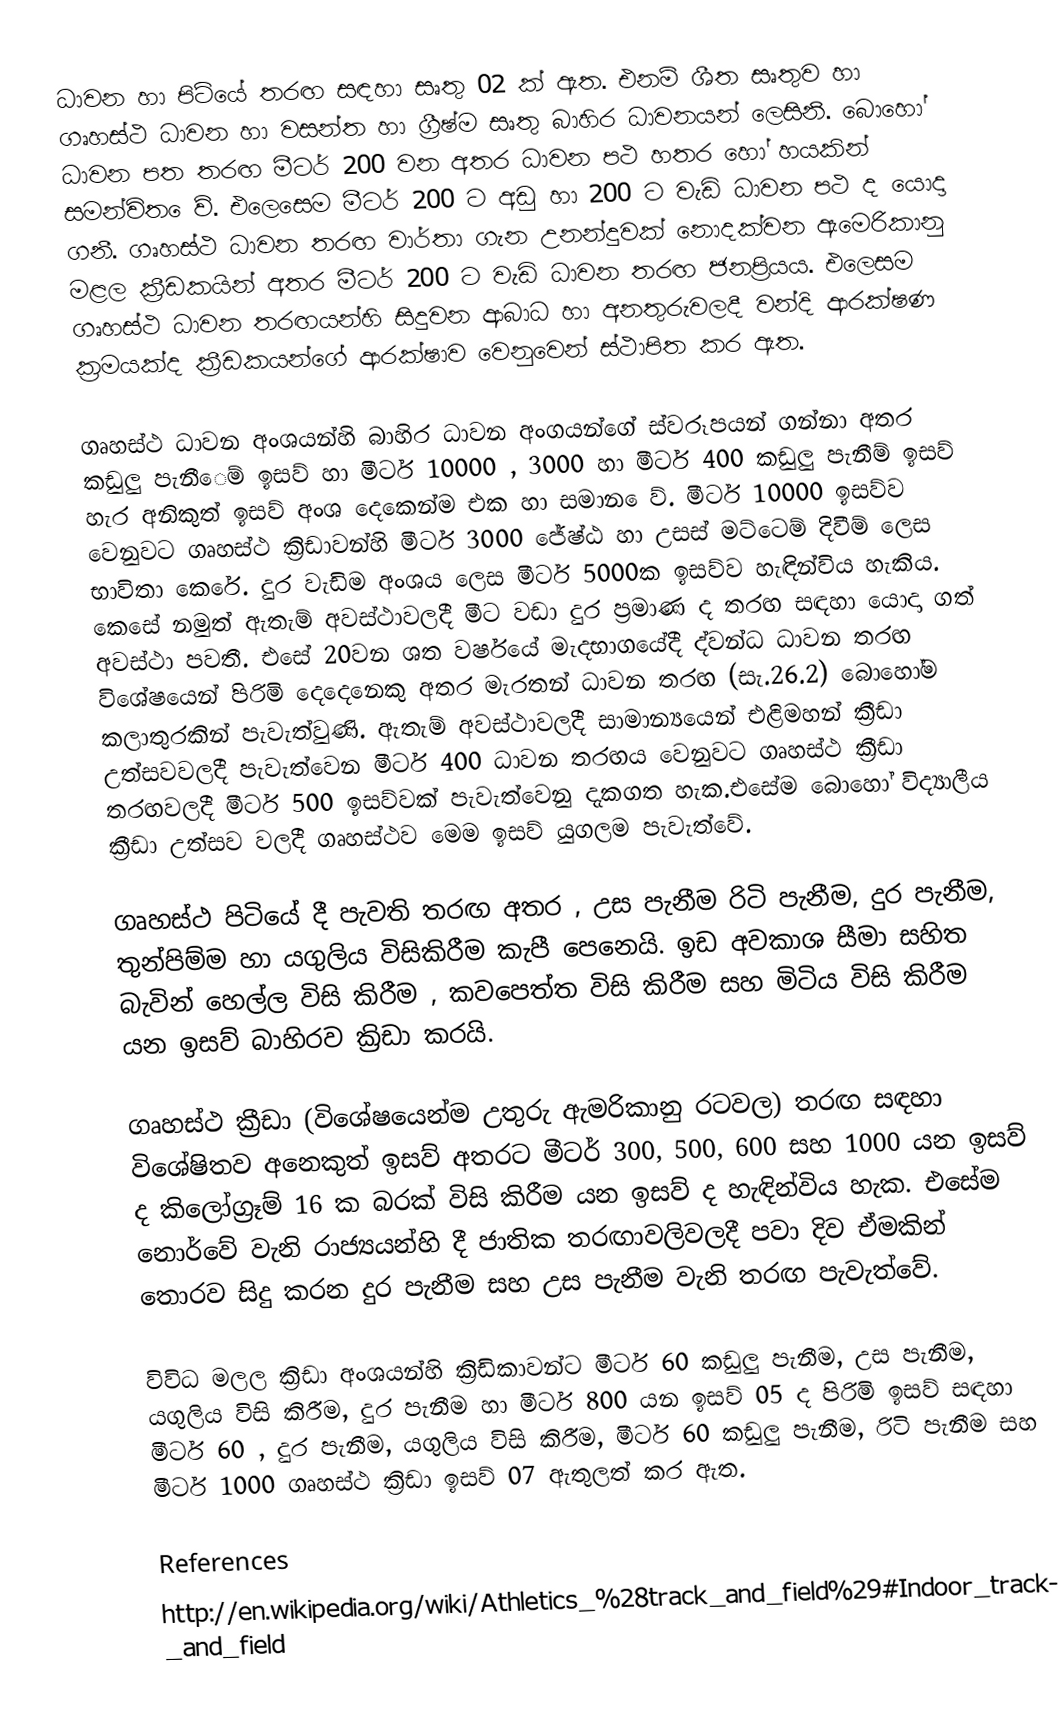
ධාවන හා පිටියේ තරඟ සඳහා සෘතු 02 ක් ඇත. එනම්‍ ශීත සෘතුව හා ගෘහස්ථ ධාවන හා වසන්ත හා ග්‍රීෂ්ම සෘතු බාහිර ධාවනයන් ලෙසිනි. බොහෝ ධාවන පත තරඟ මීටර් 200 වන අතර ධාවන පථ හතර හෝ හයකින් සමන්විත ‍ෙව්‍. එලෙසෙම මීටර් 200 ට අඩු හා 200 ට වැඩි ධාවන පථ ද යොදා ගනී. ගෘහස්ථ ධාවන තරඟ වාර්තා ගැන උනන්දුවක් නොදක්වන ඇමෙරිකානු මළල ක්‍රීඩකයින් අතර මීටර් 200 ට වැඩි ධාවන තරඟ ජනප්‍රියය. එලෙසම ගෘහස්ථ ධාවන තරඟයන්හි සිදුවන ආබාධ හා අනතුරුවලදී වන්දි ආරක්ෂණ ක්‍රමයක්ද ක්‍රීඩකයන්ගේ ආරක්ෂාව වෙනුවෙන් ස්ථාපිත කර ඇත.

ගෘහස්ථ ධාවන අංශයන්හි බාහිර ධාවන අංගයන්ගේ ස්වරූපයන් ගන්නා අතර කඩුලු පැනී‍ෙම්‍  ඉසව්‍ හා මීටර් 10000 , 3000 හා මීටර්  400 කඩුලු පැනීම්‍ ඉසව්‍ හැර අනිකුත් ඉසව්‍ අංශ දෙකෙන්ම එක හා සමාන ‍ෙව්‍. මීටර් 10000 ඉසව්‍ව වෙනුවට ගෘහස්ථ ක්‍රිඩාවන්හි මීටර් 3000 ජේෂ්ඨ හා උසස් මට්‍ට‍ෙම්  දිවීම්‍ ලෙස භාවිතා කෙරේ. දුර වැඩිම අංශය ලෙස මීටර් 5000ක ඉසව්ව හැඳින්විය හැකිය. කෙසේ නමුත් ඇතැම් අවස්ථාවලදී මීට වඩා දුර ප්‍රමාණ ද තරඟ සඳහා යොදා ගත් අවස්ථා පවතී.   එසේ 20වන ශත වර්ෂයේ මැදභාගයේදී ද්වන්ධ ධාවන තරඟ විශේෂයෙන් පිරිමි දෙදෙනෙකු අතර මැරතන් ධාවන තරඟ (සැ.26.2) බොහෝම කලාතුරකින් පැවැත්වුණි. ඇතැම් අවස්ථාවලදී සාමාන්‍යයෙන් එළිමහන්  ක්‍රීඩා උත්සවවලදී පැවැත්වෙන මීටර් 400 ධාවන තරඟය වෙනුවට ගෘහස්ථ ක්‍රීඩා තරඟවලදී මීටර් 500 ඉසව්වක් පැවැත්වෙනු දැකගත හැක.එසේම බොහෝ විද්‍යාලීය ක්‍රීඩා උත්සව වලදී ගෘහස්ථව මෙම ඉසව් යුගලම පැවැත්වේ.

ගෘහස්ථ පිටියේ දී පැවති  තරඟ අතර , උස පැනීම රිටි පැනීම, දුර පැනීම, තුන්පිම්‍ම හා යගුලිය විසිකිරීම කැපී පෙනෙයි. ඉඩ අවකාශ සීමා සහිත බැවින් හෙල්ල විසි කිරීම , කවපෙත්ත විසි කිරීම සහ මිටිය විසි කිරීම යන ඉසව්‍ බාහිරව ක්‍රිඩා කරයි.

ගෘහස්ථ ක්‍රීඩා (විශේෂයෙන්ම උතුරු ඇමරිකානු රටවල) තරඟ සඳහා විශේෂිතව අනෙකුත් ඉසව් අතරට මීටර් 300, 500, 600 සහ 1000 යන ඉසව් ද කිලෝග්‍රෑම් 16 ක බරක් විසි කිරීම යන ඉසව් ද හැඳින්විය හැක. එසේම නොර්වේ වැනි රාජ්‍යයන්හි දී ජාතික තරඟාවලිවලදී පවා දිව ඒමකින් තොරව සිදු කරන දුර පැනීම සහ උස පැනීම වැනි තරඟ පැවැත්වේ.

විවිධ මලල ක්‍රිඩා අංශයන්හි  ක්‍රිඩිකාවන්ට මීටර් 60 කඩුලු පැනීම, උස පැනීම, යගුලිය විසි කිරීම, දුර පැනීම හා මීටර් 800 යන ඉසව්‍ 05 ද පිරිමි ඉසව්‍ සඳහා මීටර් 60 , දුර පැනීම, යගුලිය විසි කිරීම, මීටර් 60 කඩුලු පැනීම, රිටි පැනීම සහ මීටර් 1000 ගෘහස්ථ ක්‍රිඩා ඉසව්‍ 07 ඇතුලත් කර ඇත.

References
http://en.wikipedia.org/wiki/Athletics_%28track_and_field%29#Indoor_track_and_field